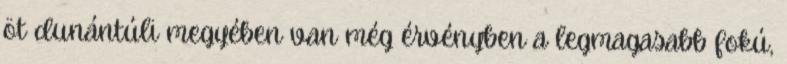
öt dunántúli megyében van még érvényben a legmagasabb fokú,